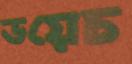
ডয়েচ